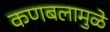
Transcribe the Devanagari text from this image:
कणबलामुळे